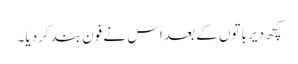
کچھ دیر باتوں کے بعد اس نے فون بند کردیا۔